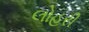
લોહરી